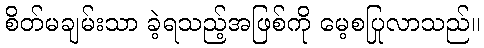
စိတ်မချမ်းသာ ခဲ့ရသည့်အဖြစ်ကို မေ့စပြုလာသည်။